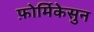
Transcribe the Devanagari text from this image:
फ़ोर्मिकेसुन